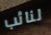
لنائب